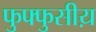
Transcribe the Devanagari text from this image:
फुफ्फुसीय़